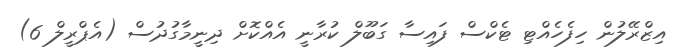
އިޒްރޭލުން ހިފެހެއްޓި ޓެކްސް ފައިސާ ގަބޫލް ކުރާނީ އެއްކޮށް ދިނީމާގުދުސް (އެޕްރީލް 6)